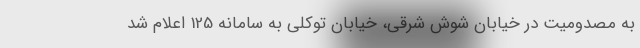
به مصدومیت در خیابان شوش شرقی، خیابان توکلی به سامانه 125 اعلام شد